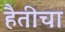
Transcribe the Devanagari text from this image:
हैतीचा